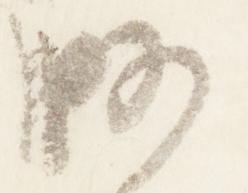
略